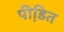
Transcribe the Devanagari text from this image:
पीडि़त